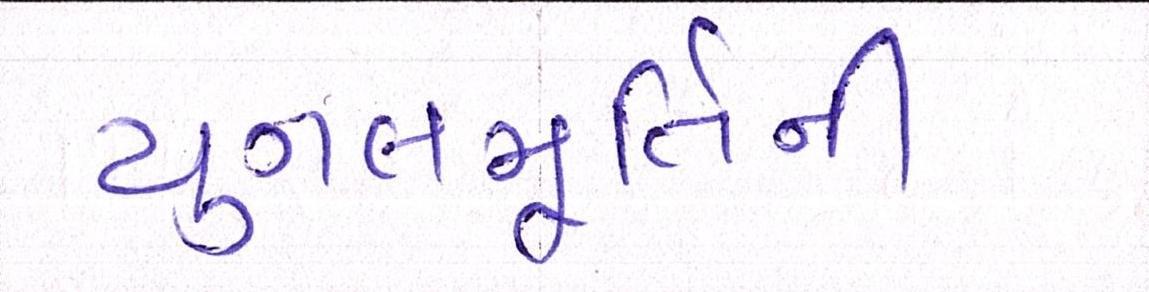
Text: યુગલમૂર્તિની